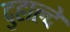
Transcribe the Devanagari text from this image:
दुहाल्दे